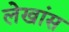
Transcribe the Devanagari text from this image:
लेखांस